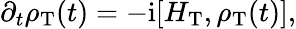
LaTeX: \partial_{t}\rho_{\mathrm{T}}(t)=-\mathrm{i}[H_{\mathrm{T}},\rho_{\mathrm{T}}(t)],